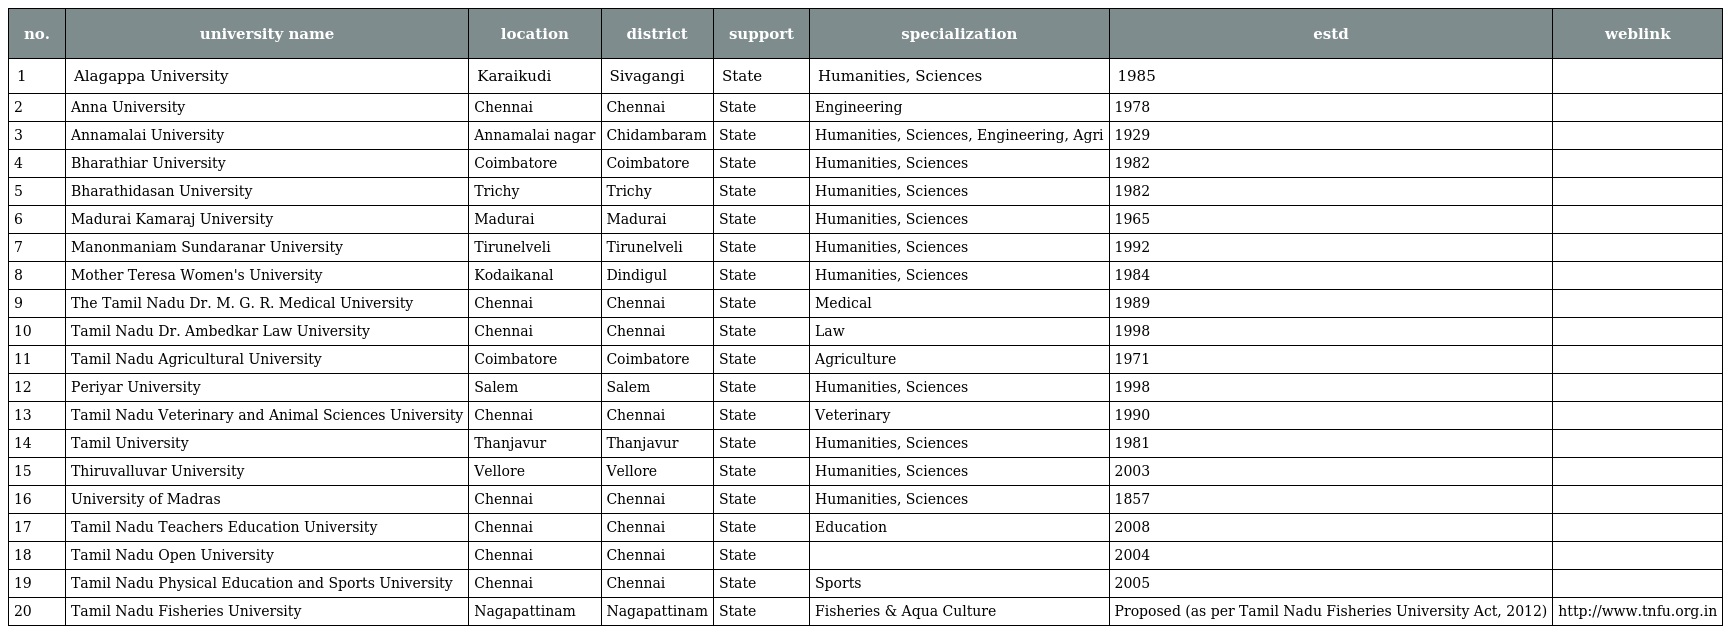
| no. | university name | location | district | support | specialization | estd | weblink |
 | --- | --- | --- | --- | --- | --- | --- | --- |
 | 1 | Alagappa University | Karaikudi | Sivagangi | State | Humanities, Sciences | 1985 |  |
 | 2 | Anna University | Chennai | Chennai | State | Engineering | 1978 |  |
 | 3 | Annamalai University | Annamalai nagar | Chidambaram | State | Humanities, Sciences, Engineering, Agri | 1929 |  |
 | 4 | Bharathiar University | Coimbatore | Coimbatore | State | Humanities, Sciences | 1982 |  |
 | 5 | Bharathidasan University | Trichy | Trichy | State | Humanities, Sciences | 1982 |  |
 | 6 | Madurai Kamaraj University | Madurai | Madurai | State | Humanities, Sciences | 1965 |  |
 | 7 | Manonmaniam Sundaranar University | Tirunelveli | Tirunelveli | State | Humanities, Sciences | 1992 |  |
 | 8 | Mother Teresa Women's University | Kodaikanal | Dindigul | State | Humanities, Sciences | 1984 |  |
 | 9 | The Tamil Nadu Dr. M. G. R. Medical University | Chennai | Chennai | State | Medical | 1989 |  |
 | 10 | Tamil Nadu Dr. Ambedkar Law University | Chennai | Chennai | State | Law | 1998 |  |
 | 11 | Tamil Nadu Agricultural University | Coimbatore | Coimbatore | State | Agriculture | 1971 |  |
 | 12 | Periyar University | Salem | Salem | State | Humanities, Sciences | 1998 |  |
 | 13 | Tamil Nadu Veterinary and Animal Sciences University | Chennai | Chennai | State | Veterinary | 1990 |  |
 | 14 | Tamil University | Thanjavur | Thanjavur | State | Humanities, Sciences | 1981 |  |
 | 15 | Thiruvalluvar University | Vellore | Vellore | State | Humanities, Sciences | 2003 |  |
 | 16 | University of Madras | Chennai | Chennai | State | Humanities, Sciences | 1857 |  |
 | 17 | Tamil Nadu Teachers Education University | Chennai | Chennai | State | Education | 2008 |  |
 | 18 | Tamil Nadu Open University | Chennai | Chennai | State |  | 2004 |  |
 | 19 | Tamil Nadu Physical Education and Sports University | Chennai | Chennai | State | Sports | 2005 |  |
 | 20 | Tamil Nadu Fisheries University | Nagapattinam | Nagapattinam | State | Fisheries & Aqua Culture | Proposed (as per Tamil Nadu Fisheries University Act, 2012) | http://www.tnfu.org.in |